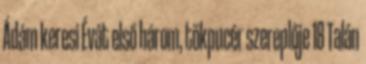
Ádám keresi Évát első három, tökpucér szereplője 18 Talán